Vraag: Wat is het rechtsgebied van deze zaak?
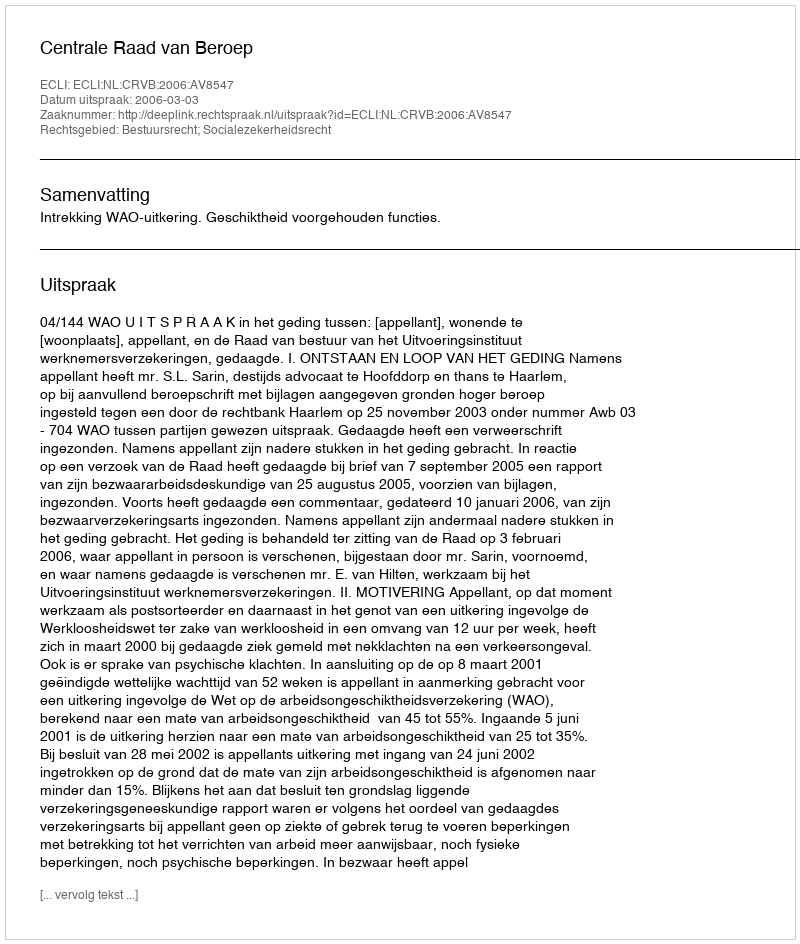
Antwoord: Bestuursrecht; Socialezekerheidsrecht